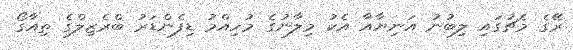
ރޭގެ މެޗުގައި ލިބުނު އަނިޔާއާ އެކު މިލާނުގެ މުހިއްމު ޑިފެންޑަރު ބްރެޒިލްގެ ތިއާގޯ